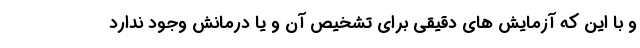
و با این که آزمایش های دقیقی برای تشخیص آن و یا درمانش وجود ندارد